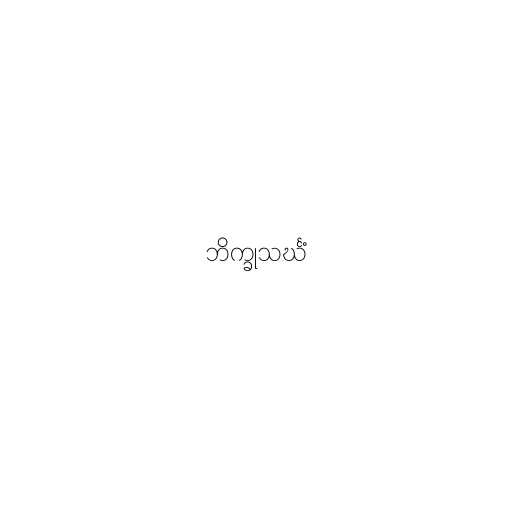
ဘိက္ခုသင်္ဃံ